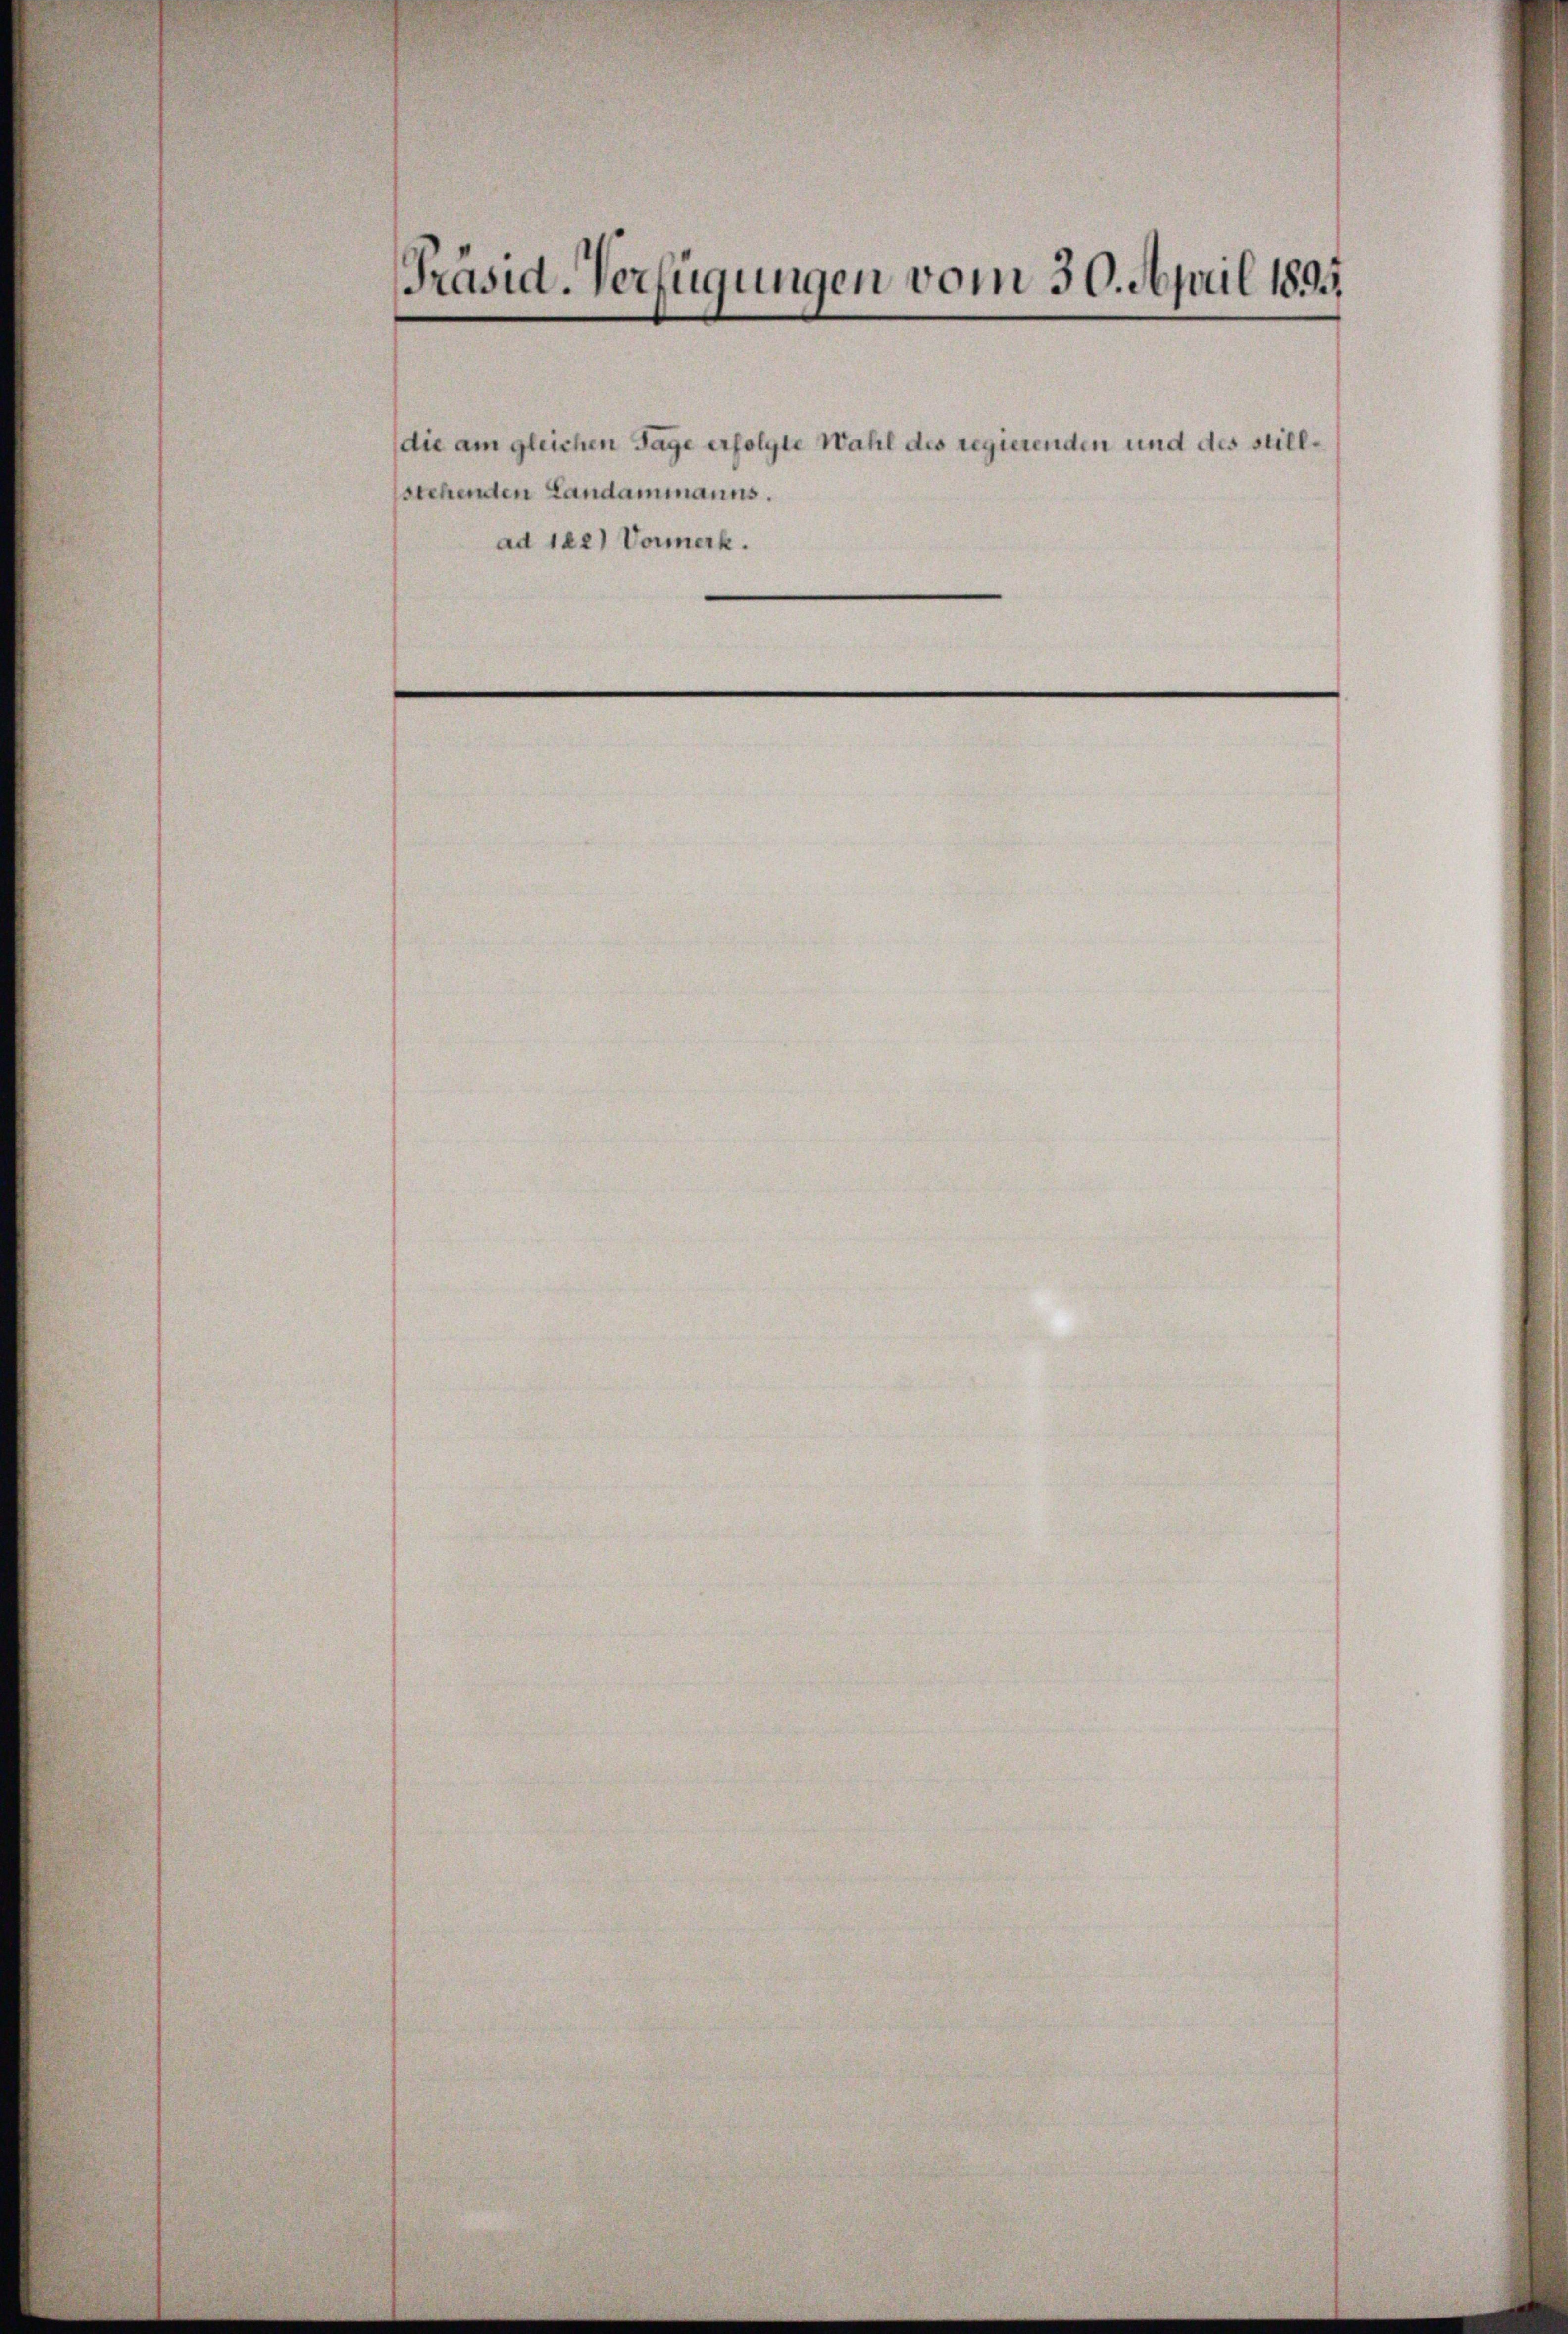
Präsid. Verfügungen vom 30. April 1893.

ad 122) Vormerk.

die am gleichen Tage erfolgte Wahl des regierenden und des stillstehenden Landammanns.